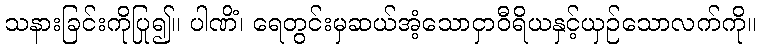
သနားခြင်းကိုပြု၍။ ပါဏိံ၊ ရေတွင်းမှဆယ်အံ့သောငှာဝီရိယနှင့်ယှဉ်သောလက်ကို။